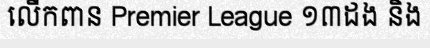
លើកពាន Premier League ១៣ដង និង